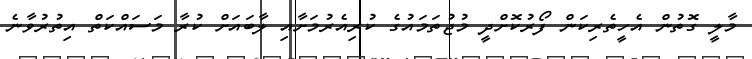
މާލީ ގޮތުން އެހީތެރިކަން ފޯރުކޮށްދީ މުޖުތަމައުގެ ކުރިއެރުމަށާއި ލާބައަށް ކުރާ މަސައްކަތް އިތުރުވާނެ